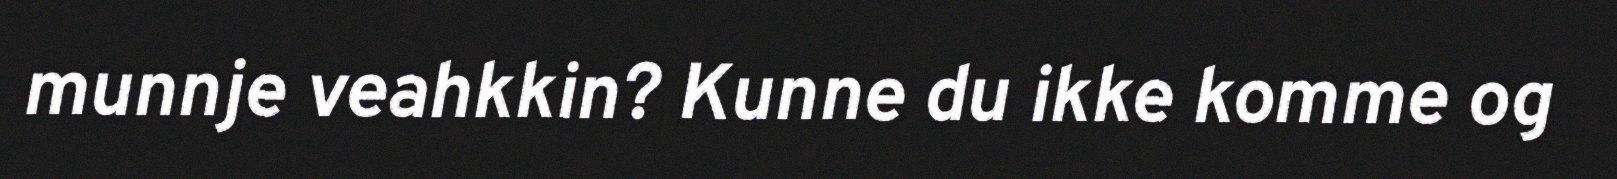
munnje veahkkin? Kunne du ikke komme og